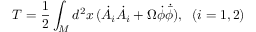
T = \frac { 1 } { 2 } \int _ { M } d ^ { 2 } x \, ( \dot { A } _ { i } \dot { A } _ { i } + \Omega \dot { \phi } \dot { { \bar { \phi } } } ) , \; \; ( i = 1 , 2 )